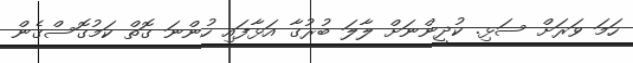
ހަމަ ވަރަށް ސަޅި. ކުދީންނަށް ލާލަ ބުރުގާ އަޅާފައި ހުންނަ ގޮތް ކަމުގޮސްގެން